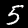
Digit: 5